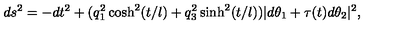
d s ^ { 2 } = - d t ^ { 2 } + ( q _ { 1 } ^ { 2 } \cosh ^ { 2 } ( t / l ) + q _ { 3 } ^ { 2 } \sinh ^ { 2 } ( t / l ) ) | d \theta _ { 1 } + \tau ( t ) d \theta _ { 2 } | ^ { 2 } ,